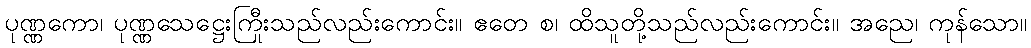
ပုဏ္ဏကော၊ ပုဏ္ဏသေဋ္ဌေးကြီးသည်လည်းကောင်း။ ဧတေ စ၊ ထိုသူတို့သည်လည်းကောင်း။ အညေ၊ ကုန်သော။